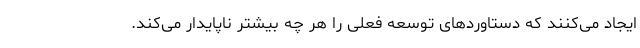
ایجاد می‌کنند که دستاوردهای توسعه فعلی را هر چه بیشتر ناپایدار می‌کند.